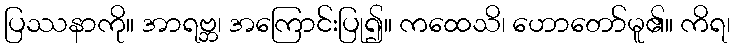
ပြဿနာကို။ အာရဗ္ဘ၊ အကြောင်းပြု၍။ ကထေသိ၊ ဟောတော်မူ၏။ ကိရ၊